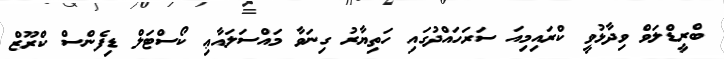
ބްރީޑްލަވް ވިދާޅުވީ ކްރައިމިއަ ސަރަހައްދުގައި ހަތިޔާރު ގިނަވާ މައްސަލައާޢި ކޯސްޓަލް ޑިފެންސް ކްރޫޒް